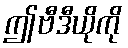
ဤဗီဒီယိုကို